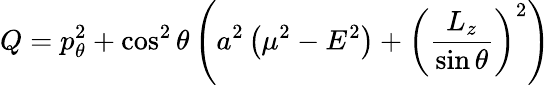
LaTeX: Q=p_{\theta}^{2}+\cos^{2}\theta\left(a^{2}\left(\mu^{2}-E^{2}\right)+\left({\frac{L_{z}}{\sin\theta}}\right)^{2}\right)